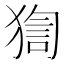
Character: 𤟼